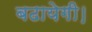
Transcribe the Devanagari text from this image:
बढायेगी।